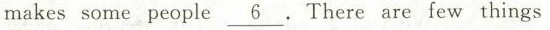
makes some people \underline{6}. There are few things